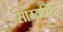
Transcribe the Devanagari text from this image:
साम्यस्थिर